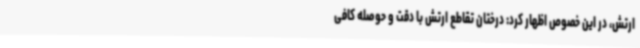
ارتش، در این خصوص اظهار کرد: درختان تقاطع ارتش با دقت و حوصله کافی